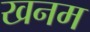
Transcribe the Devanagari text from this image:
खनम